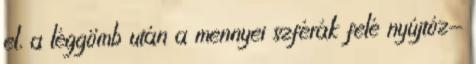
el, a léggömb után a mennyei szférák felé nyújtóz-